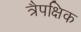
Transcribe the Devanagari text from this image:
त्रैपक्षिक